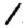
Digit: 1